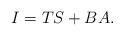
LaTeX: \begin{align*} I = TS + BA.\end{align*}